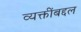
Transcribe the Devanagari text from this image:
व्यक्तींबद्दल